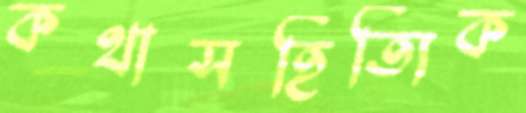
কথাসহিত্যিক